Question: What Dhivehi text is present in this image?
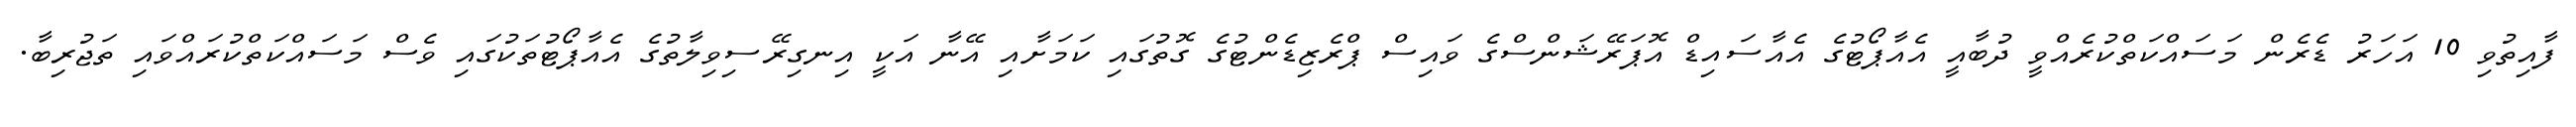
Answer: ފާއިތުވި 10 އަހަރު ޑެރެން މަސައްކަތްކުރެއްވީ ދުބާއީ އެއާޕޯޓުގެ އެއާސައިޑް އޮޕަރޭޝަންސްގެ ވައިސް ޕްރެޒިޑެންޓުގެ ގޮތުގައި ކަމަށާއި އޭނާ އަކީ އިނގިރޭސިވިލާތުގެ އެއާޕޯޓުތަކުގައި ވެސް މަސައްކަތްކުރައްވައި ތަޖުރިބާ.